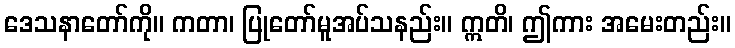
ဒေသနာတော်ကို။ ကတာ၊ ပြုတော်မူအပ်သနည်း။ ဣတိ၊ ဤကား အမေးတည်း။